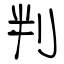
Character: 判